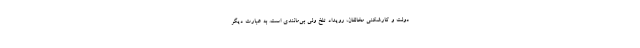
دولت و کارشکنیِ مخالفان، رویداد تلخ ولی بی‌مانندی است. به عبارت دیگر